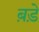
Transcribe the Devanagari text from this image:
ब़ड़े